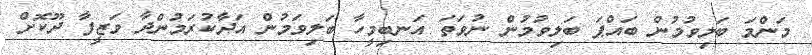
މަންމަ ބަލިވުމުން ބައްޕަ ބަލިވުމުން ނުވަތަ އަނބިމީހާ ބަލިވަމުން އަދާކުރަމުންދާ ވަޒީފާ ދޫކޮށް